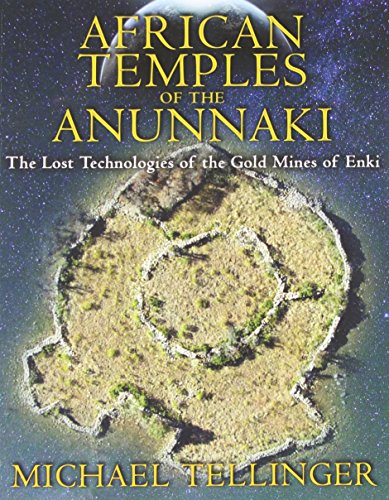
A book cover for African Temples of the Anunnaki: The Lost Technologies of the Gold Mines of Enki; Michael Tellinger; Science & Math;